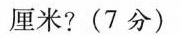
厘米?(7分)